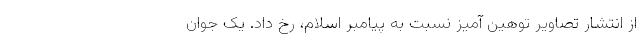
از انتشار تصاویر توهین آمیز نسبت به پیامبر اسلام، رخ داد. یک جوان